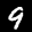
Label: 9